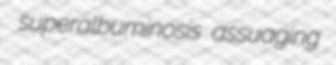
superalbuminosis assuaging